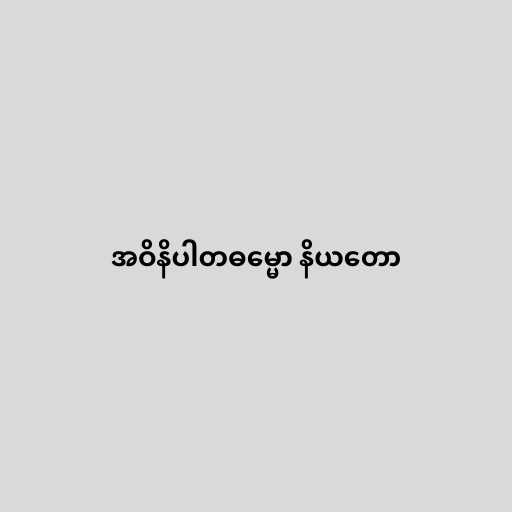
အဝိနိပါတဓမ္မော နိယတော